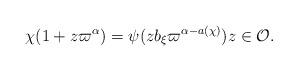
LaTeX: \begin{align*}\chi(1+z\varpi^{\alpha}) = \psi(z b_{\xi}\varpi^{\alpha-a(\chi)}) z\in \mathcal{O}. \end{align*}